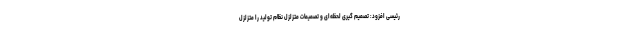
رئیسی افزود: تصمیم گیری لحظه‌ای و تصمیمات متزلزل نظام تولید را متزلزل